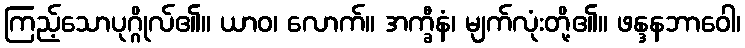
ကြည့်သောပုဂ္ဂိုလ်၏။ ယာဝ၊ လောက်။ အက္ခီနံ၊ မျက်လုံးတို့၏။ ဖန္ဒနဘာဝေါ၊